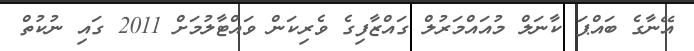
އޭނާގެ ބައްޕަ ކާނަލް މުއައްމަރުލް ގައްޒާފިގެ ވެރިކަން ވައްޓާލުމަށް 2011 ގައި ނުކުތް